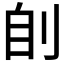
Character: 𰄩